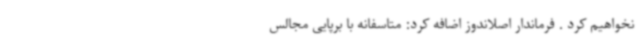
نخواهیم کرد . فرماندار اصلاندوز اضافه کرد: متاسفانه با برپایی مجالس